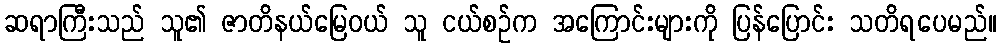
ဆရာကြီးသည် သူ၏ ဇာတိနယ်မြေဝယ် သူ ငယ်စဉ်က အကြောင်းများကို ပြန်ပြောင်း သတိရပေမည်။